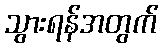
သွားရန်အတွက်